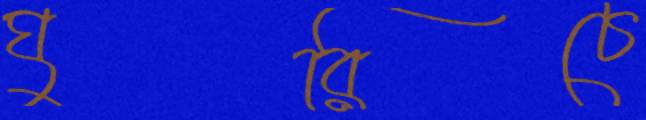
ঘুরিচে